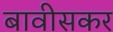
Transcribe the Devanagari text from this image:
बावीसकर